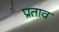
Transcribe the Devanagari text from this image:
प्रताव